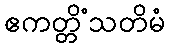
ဧကတ္တိံသတိမံ